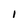
Character: i